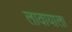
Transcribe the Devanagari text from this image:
लावायाला